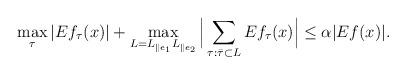
LaTeX: \begin{align*}\max_{\tau} |Ef_\tau(x)| + \max_{L = L_{\parallel e_1} L_{\parallel e_2 }} \Big| \sum_{\tau: \bar\tau \subset L }Ef_\tau(x) \Big| \le \alpha |Ef(x)|.\end{align*}